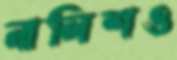
নালিশও